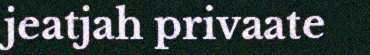
jeatjah privaate